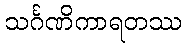
သင်္ဂဏိကာရတဿ